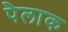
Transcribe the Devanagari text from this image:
पैलाक